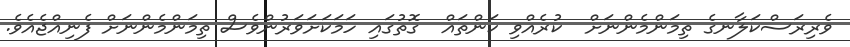
ވެރިރަސްކަލާނގެ ތިމަންމެންނަށް  ކުރެއްވި ކަންތައް  ގޮތުގައި ހަމަކަށަވަރުންވެސް ތިމަންމެންނަށް ފެނިއްޖެއެވެ.